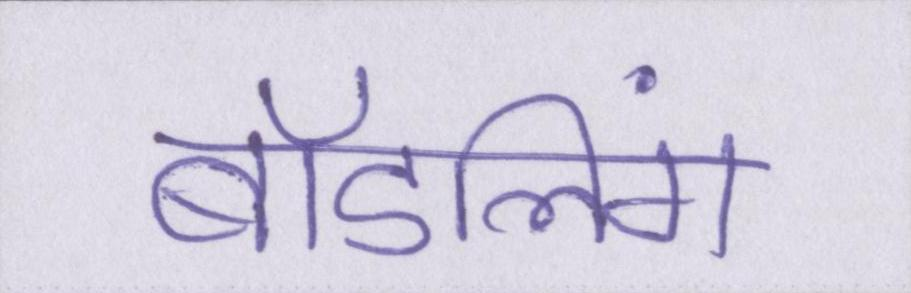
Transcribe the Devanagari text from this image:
बॉडलिंग